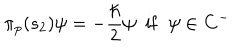
\pi _ { p } ( s _ { 2 } ) \psi = - \frac { \hbar } 2 \psi \; \; \mathrm { i } \mathrm { f } \; \; \psi \in { \bf C } ^ { - }